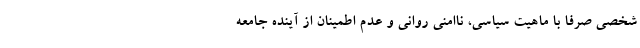
شخصی صرفا با ماهیت سیاسی، ناامنی روانی و عدم اطمینان از آینده جامعه